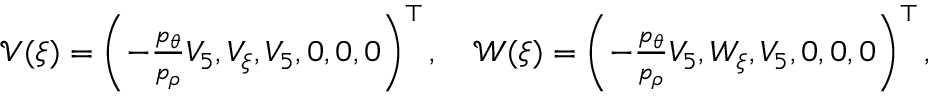
\begin{array} { r } { \mathcal { V } ( \xi ) = \left( - \frac { p _ { \theta } } { p _ { \rho } } V _ { 5 } , V _ { \xi } , V _ { 5 } , 0 , 0 , 0 \right) ^ { \top } , \quad \mathcal { W } ( \xi ) = \left( - \frac { p _ { \theta } } { p _ { \rho } } V _ { 5 } , W _ { \xi } , V _ { 5 } , 0 , 0 , 0 \right) ^ { \top } , } \end{array}